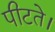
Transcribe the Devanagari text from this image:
पीटते।